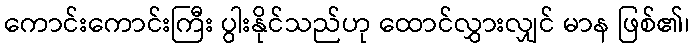
ကောင်းကောင်းကြီး ပွါးနိုင်သည်ဟု ထောင်လွှားလျှင် မာန ဖြစ်၏၊